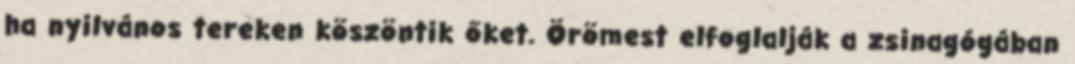
ha nyilvános tereken köszöntik őket. Örömest elfoglalják a zsinagógában